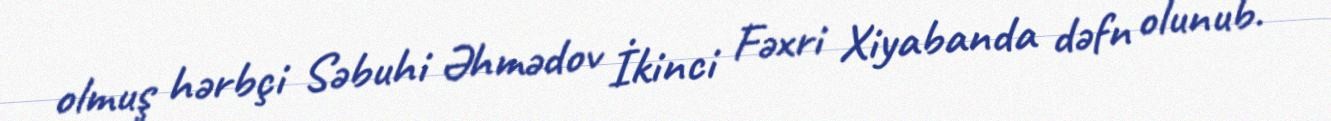
olmuş hərbçi Səbuhi Əhmədov İkinci Fəxri Xiyabanda dəfn olunub.